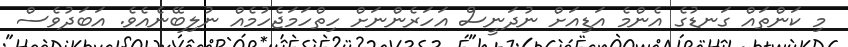
މި ކަންތައް ގަނޑުގެ އެންމެ އަޑިއަށް ނުދަނީސް އަހަރެންނަށް ހިތްހަމަޖެހުމެއް ނުލިބޭނެއެވެ. އަބަދުވެސް